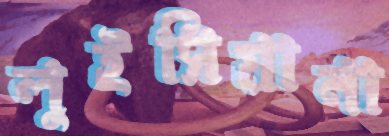
লুইসিয়ানা